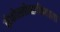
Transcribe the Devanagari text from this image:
झेकोस्लोव्हाकियाला